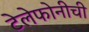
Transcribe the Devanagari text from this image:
टेलेफोनीची